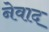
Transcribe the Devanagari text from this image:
नेवाद